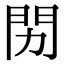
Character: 𬮅